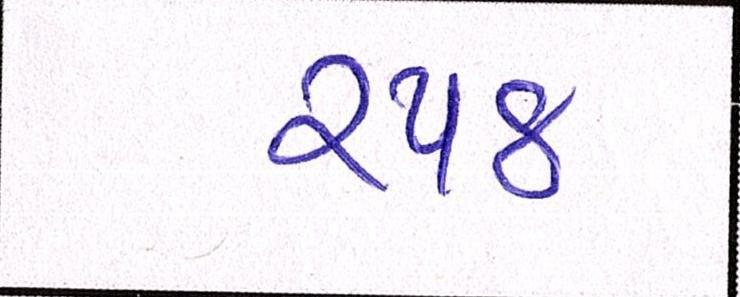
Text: ૨૫૪